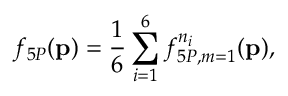
f _ { 5 P } ( { \bf { p } } ) = \frac { 1 } { 6 } \sum _ { i = 1 } ^ { 6 } f _ { 5 P , m = 1 } ^ { n _ { i } } ( { \bf { p } } ) ,